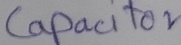
Text: Capacitor